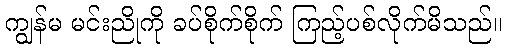
ကျွန်မ မင်းညိုကို ခပ်စိုက်စိုက် ကြည့်ပစ်လိုက်မိသည်။